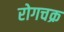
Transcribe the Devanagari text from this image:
रोगचक्र